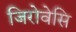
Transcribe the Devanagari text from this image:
जिरोवेसि